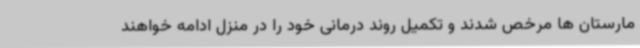
مارستان ها مرخص شدند و تکمیل روند درمانی خود را در منزل ادامه خواهند